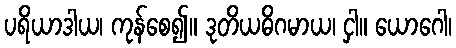
ပရိယာဒါယ၊ ကုန်စေ၍။ ဒုတိယဓိဂမာယ၊ ငှါ။ ယောဂေါ၊